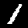
Label: 1